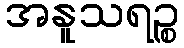
အနူသရဉ္စ